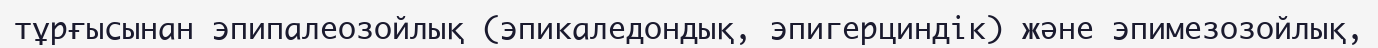
тұрғысынан эпипалеозойлық (эпикаледондық, эпигерциндік) және эпимезозойлық,